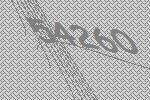
54260